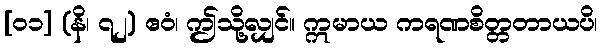
[၀၁] (နိ၊ ၇၂) ဧဝံ၊ ဤသို့လျှင်။ ဣမာယ ကရဏစိတ္တတာယပိ၊